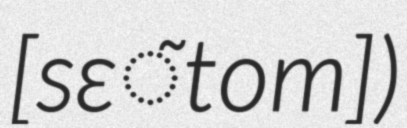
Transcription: [sɛ̃tom])